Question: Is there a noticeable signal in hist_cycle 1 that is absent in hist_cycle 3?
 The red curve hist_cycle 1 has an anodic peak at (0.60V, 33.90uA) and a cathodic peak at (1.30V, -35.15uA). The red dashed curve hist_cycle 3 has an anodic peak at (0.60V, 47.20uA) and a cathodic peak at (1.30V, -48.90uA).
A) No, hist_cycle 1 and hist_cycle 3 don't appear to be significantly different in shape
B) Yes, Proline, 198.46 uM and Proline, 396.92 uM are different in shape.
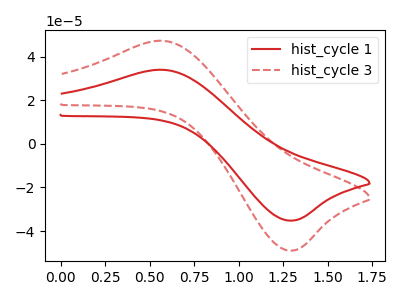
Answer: <think>All the peaks in "hist_cycle 1" have a peak in "hist_cycle 3" at the same potential. Every peak in "hist_cycle 1" is lower than every peak in "hist_cycle 3".
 </think>
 <answer>A) No, "hist_cycle 1" and "hist_cycle 3" don't appear to be significantly different in shape</answer>
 <eval>A</eval>